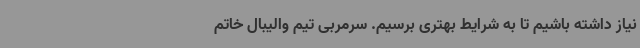
نیاز داشته باشیم تا به شرایط بهتری برسیم. سرمربی تیم والیبال خاتم